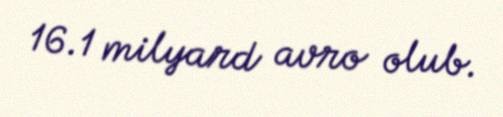
16.1 milyard avro olub.